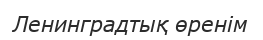
Ленинградтық өренім